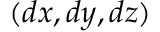
( d x , d y , d z )